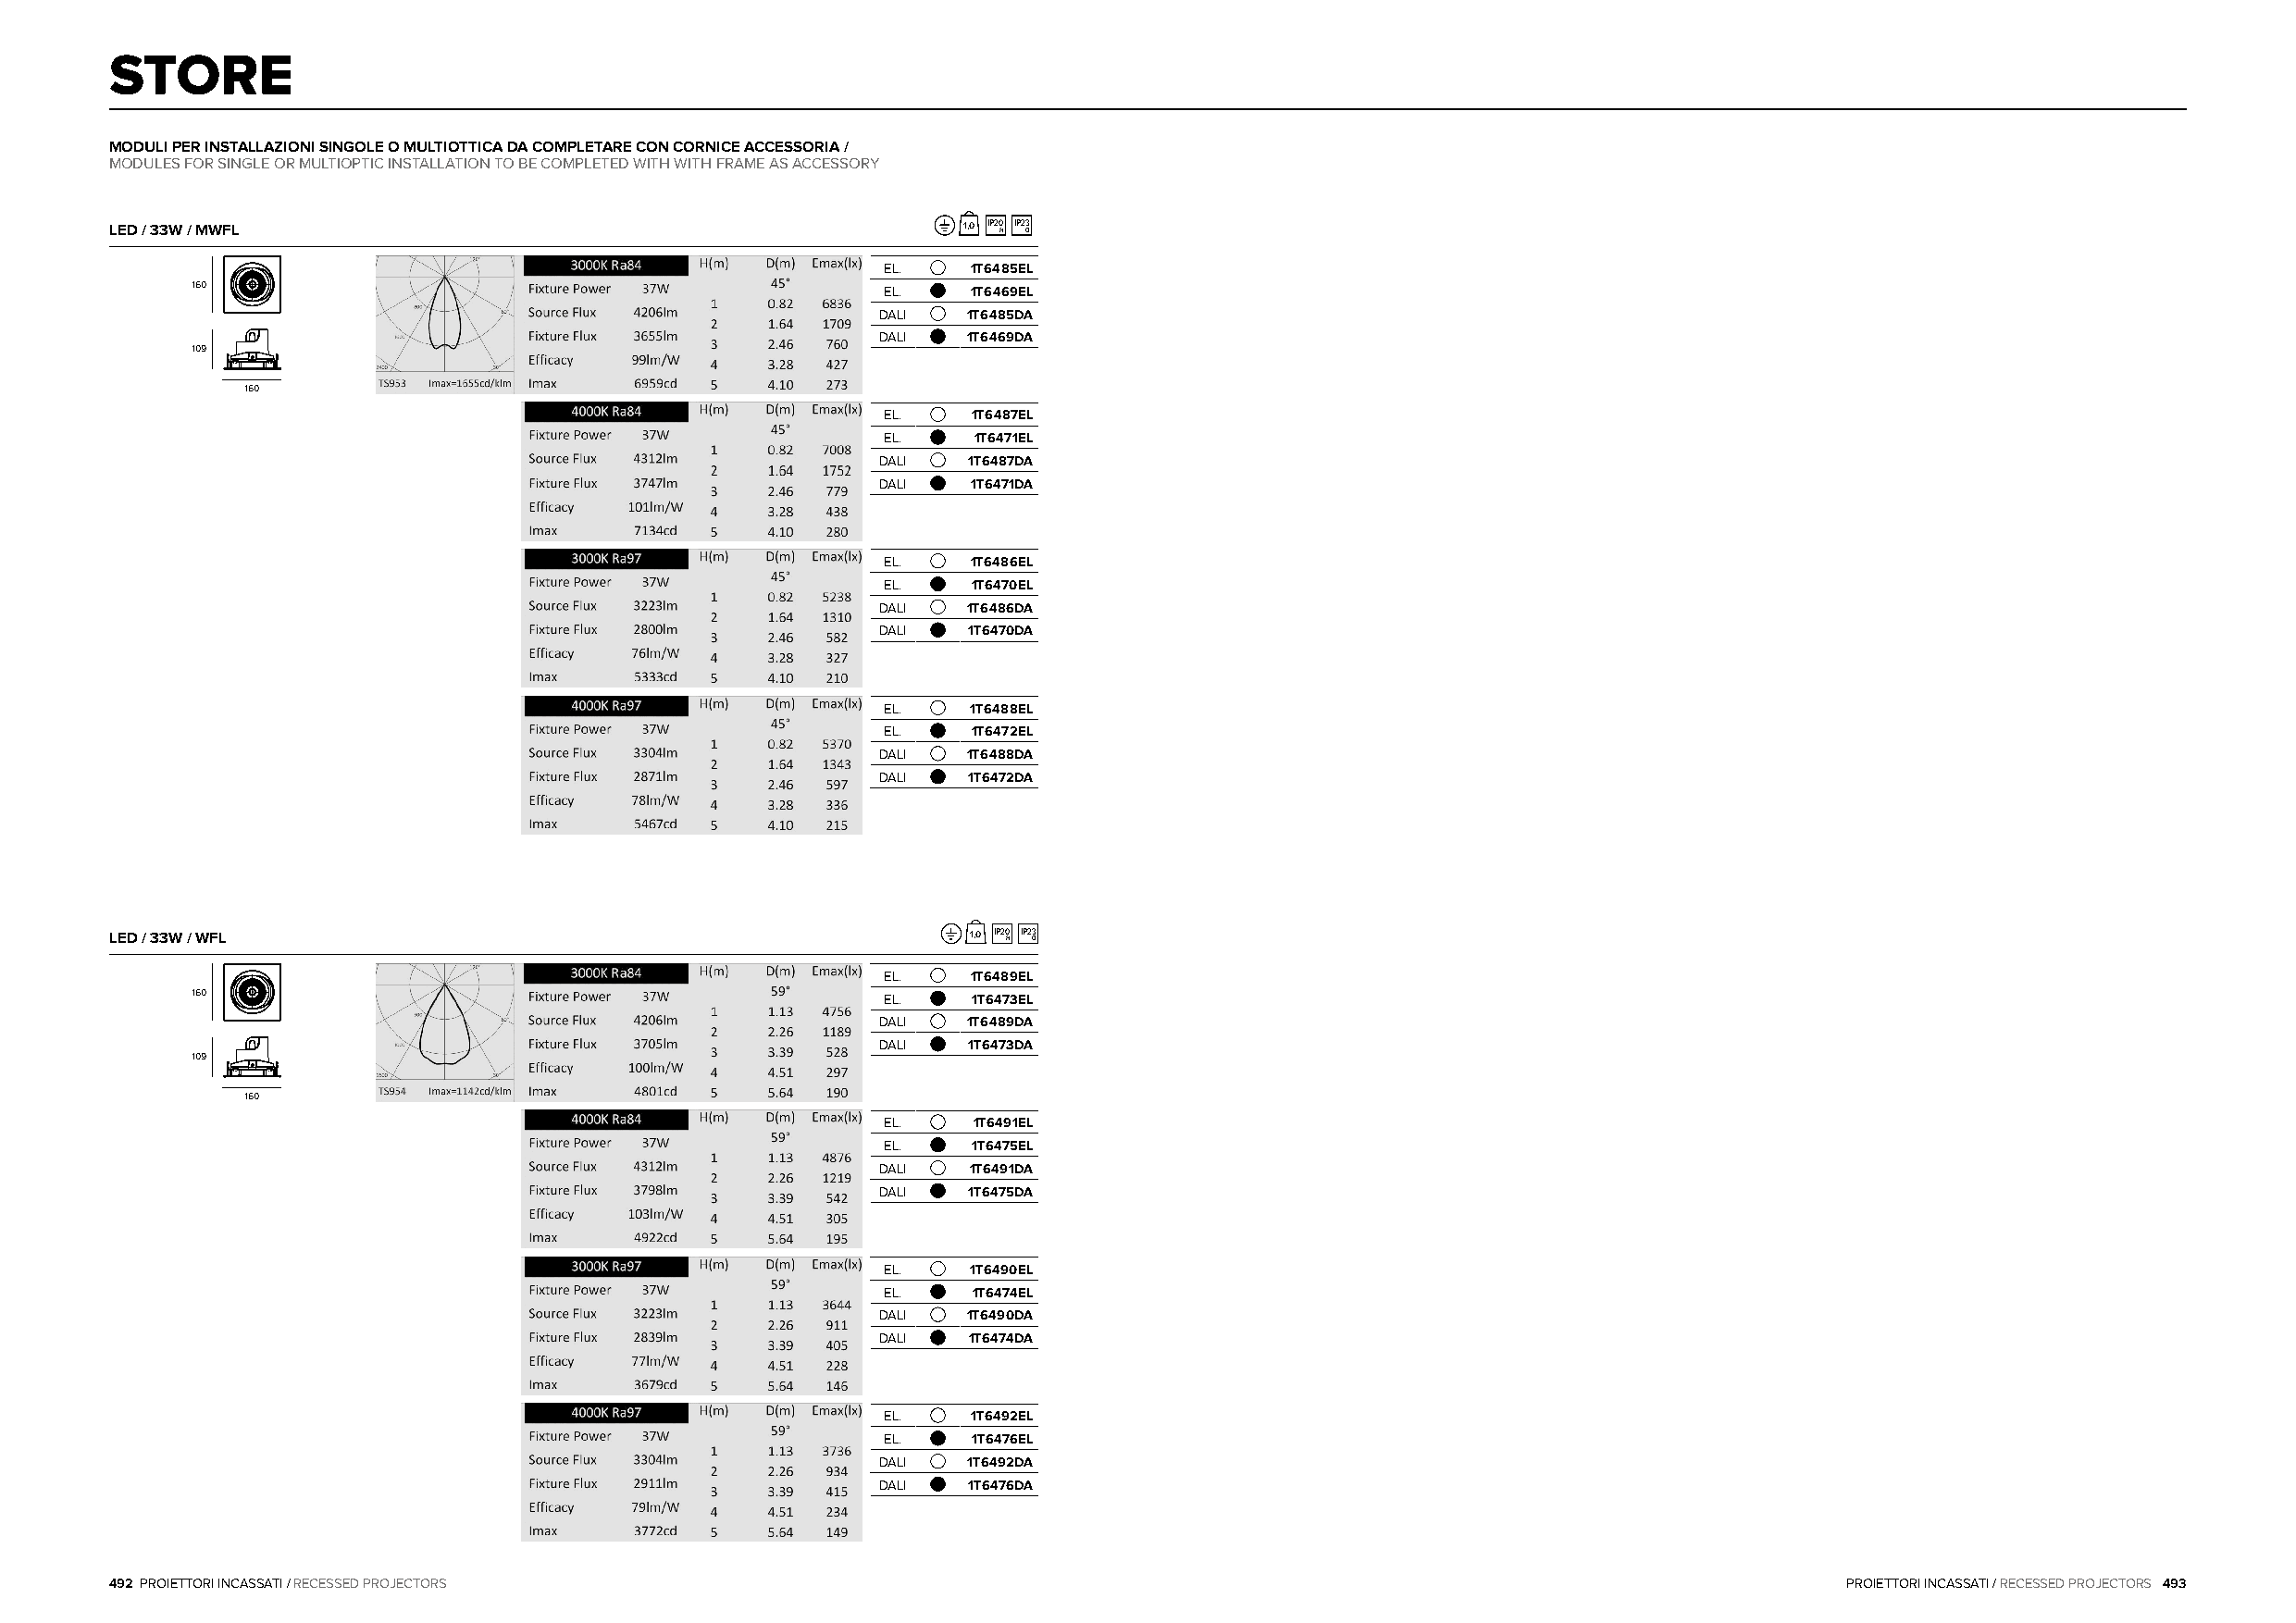
STORE
 MODULI PER INSTALLAZIONI SINGOLE O MULTIOTTICA DA COMPLETARE CON CORNICE ACCESSORIA /
 MODULES FOR SINGLE OR MULTIOPTIC INSTALLATION TO BE COMPLETED WITH WITH FRAME AS ACCESSORY
 LED / 33W / MWFL                                             1,0 IP20 H IP2 O3
 EL.   1T6485EL
 160                                              EL.   1T6469EL
 DALI  1T6485DA
 DALI  1T6469DA
 109
 160
 EL.   1T6487EL
 EL.    1T6471EL
 DALI  1T6487DA
 DALI  1T6471DA
 EL.   1T6486EL
 EL.    1T6470EL
 DALI  1T6486DA
 DALI  1T6470DA
 EL.   1T6488EL
 EL.    1T6472EL
 DALI  1T6488DA
 DALI  1T6472DA
 LED / 33W / WFL                                              1,0 IP20 H IP2 O3
 EL.   1T6489EL
 160                                              EL.    1T6473EL
 DALI  1T6489DA
 DALI  1T6473DA
 109
 160
 EL.    1T6491EL
 EL.    1T6475EL
 DALI  1T6491DA
 DALI  1T6475DA
 EL.   1T6490EL
 EL.    1T6474EL
 DALI  1T6490DA
 DALI  1T6474DA
 EL.   1T6492EL
 EL.    1T6476EL
 DALI  1T6492DA
 DALI  1T6476DA
 492 PROIETTORI INCASSATI / RECESSED PROJECTORS                                                                              PROIETTORI INCASSATI / RECESSED PROJECTORS 493